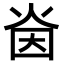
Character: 𭴜